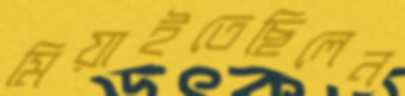
মিয়াইতেছিলেন